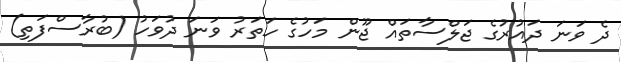
ދެ ވަނަ ދައުރުގެ ޖަލްސާތައް ޖޫން މަހުގެ ހަތަރު ވަނަ ދުވަހު (ބުރާސްފަތި)